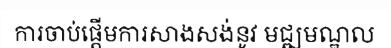
ការចាប់ផ្តើមការសាងសង់នូវ មជ្ឍមណ្ឌល